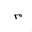
Letter: _mim